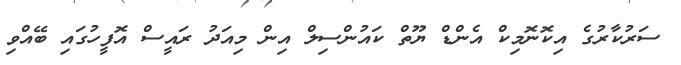
ސަރުކާރުގެ އިކޮނޮމިކް އެންޑް ޔޫތް ކައުންސިލް އިން މިއަދު ރައީސް އޮފީހުގައި ބޭއްވި